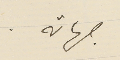
جهاته.